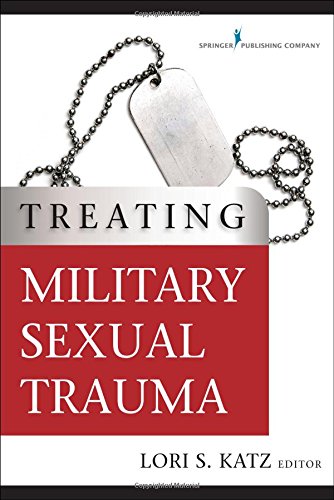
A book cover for Treating Military Sexual Trauma; Politics & Social Sciences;